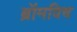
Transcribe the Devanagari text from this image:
ब्रॉमविच